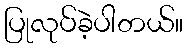
ပြုလုပ်ခဲ့ပါတယ်။